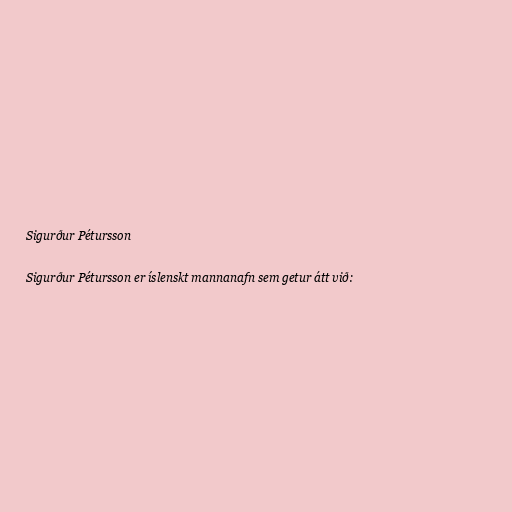
Sigurður Pétursson

Sigurður Pétursson er íslenskt mannanafn sem getur átt við: